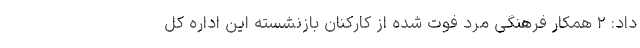
داد: ۲ همکار فرهنگی مرد فوت شده از کارکنان بازنشسته این اداره کل